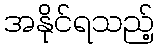
အနိုင်ရသည့်